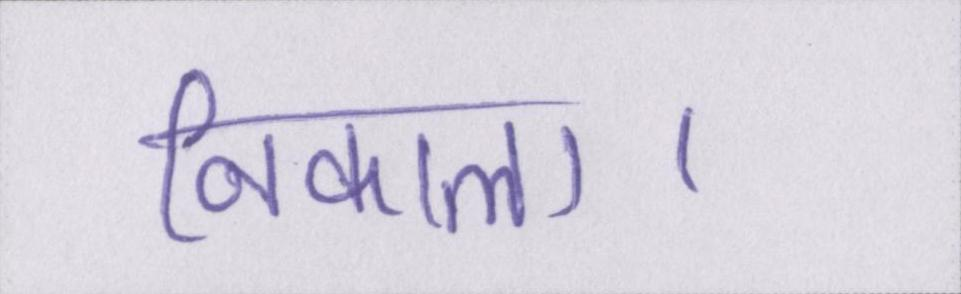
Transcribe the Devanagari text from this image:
निकाला।